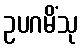
ဥပဂမိံသု